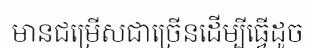
មានជម្រើសជាច្រើនដើម្បីធ្វើដូច